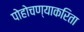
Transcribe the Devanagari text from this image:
पोहोचण्याकरिता